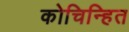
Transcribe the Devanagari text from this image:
कोचिन्हित